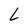
Character: L